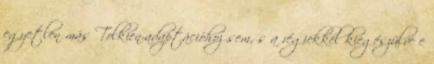
egyetlen más Tolkien-adaptációhoz sem, s a régiekkel kiegészülve e